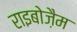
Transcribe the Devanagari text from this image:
राइबोज़ैम